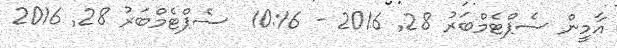
އާމީން ސެޕްޓެމްބަރު 28